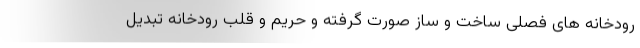
رودخانه های فصلی ساخت و ساز صورت گرفته و حریم و قلب رودخانه تبدیل